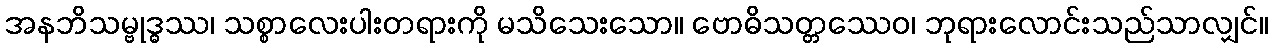
အနဘိသမ္ဗုဒ္ဓဿ၊ သစ္စာလေးပါးတရားကို မသိသေးသော။ ဗောဓိသတ္တဿေဝ၊ ဘုရားလောင်းသည်သာလျှင်။